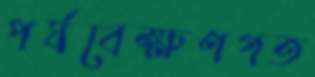
পর্যবেক্ষণগত